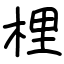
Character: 梩